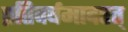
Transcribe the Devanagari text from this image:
प्रतिवर्षमादरत्